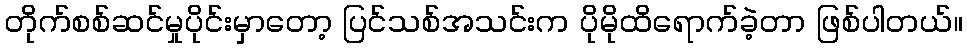
တိုက်စစ်ဆင်မှုပိုင်းမှာတော့ ပြင်သစ်အသင်းက ပိုမိုထိရောက်ခဲ့တာ ဖြစ်ပါတယ်။